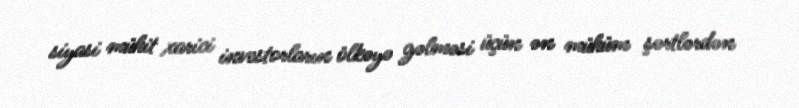
siyasi mühit xarici investorların ölkəyə gəlməsi üçün ən mühüm şərtlərdən